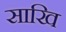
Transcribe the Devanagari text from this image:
साखि